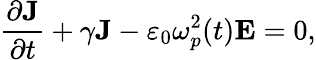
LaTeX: \frac{\partial\textbf{J}}{\partial t}+\gamma\textbf{J}-\varepsilon_{0}\omega_{p}^{2}(t)\textbf{E}=0,